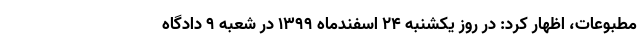
مطبوعات، اظهار کرد: در روز یکشنبه ۲۴ اسفندماه ۱۳۹۹ در شعبه ۹ دادگاه